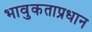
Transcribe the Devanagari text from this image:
भावुकताप्रधान